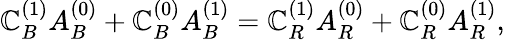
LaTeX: \mathbb{C}_{B}^{(1)}A_{B}^{(0)}+\mathbb{C}_{B}^{(0)}A_{B}^{(1)}=\mathbb{C}_{R}^{(1)}A_{R}^{(0)}+\mathbb{C}_{R}^{(0)}A_{R}^{(1)},